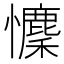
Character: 𢥄